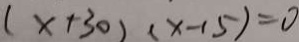
( x + 3 0 ) ( x - 1 5 ) = 0